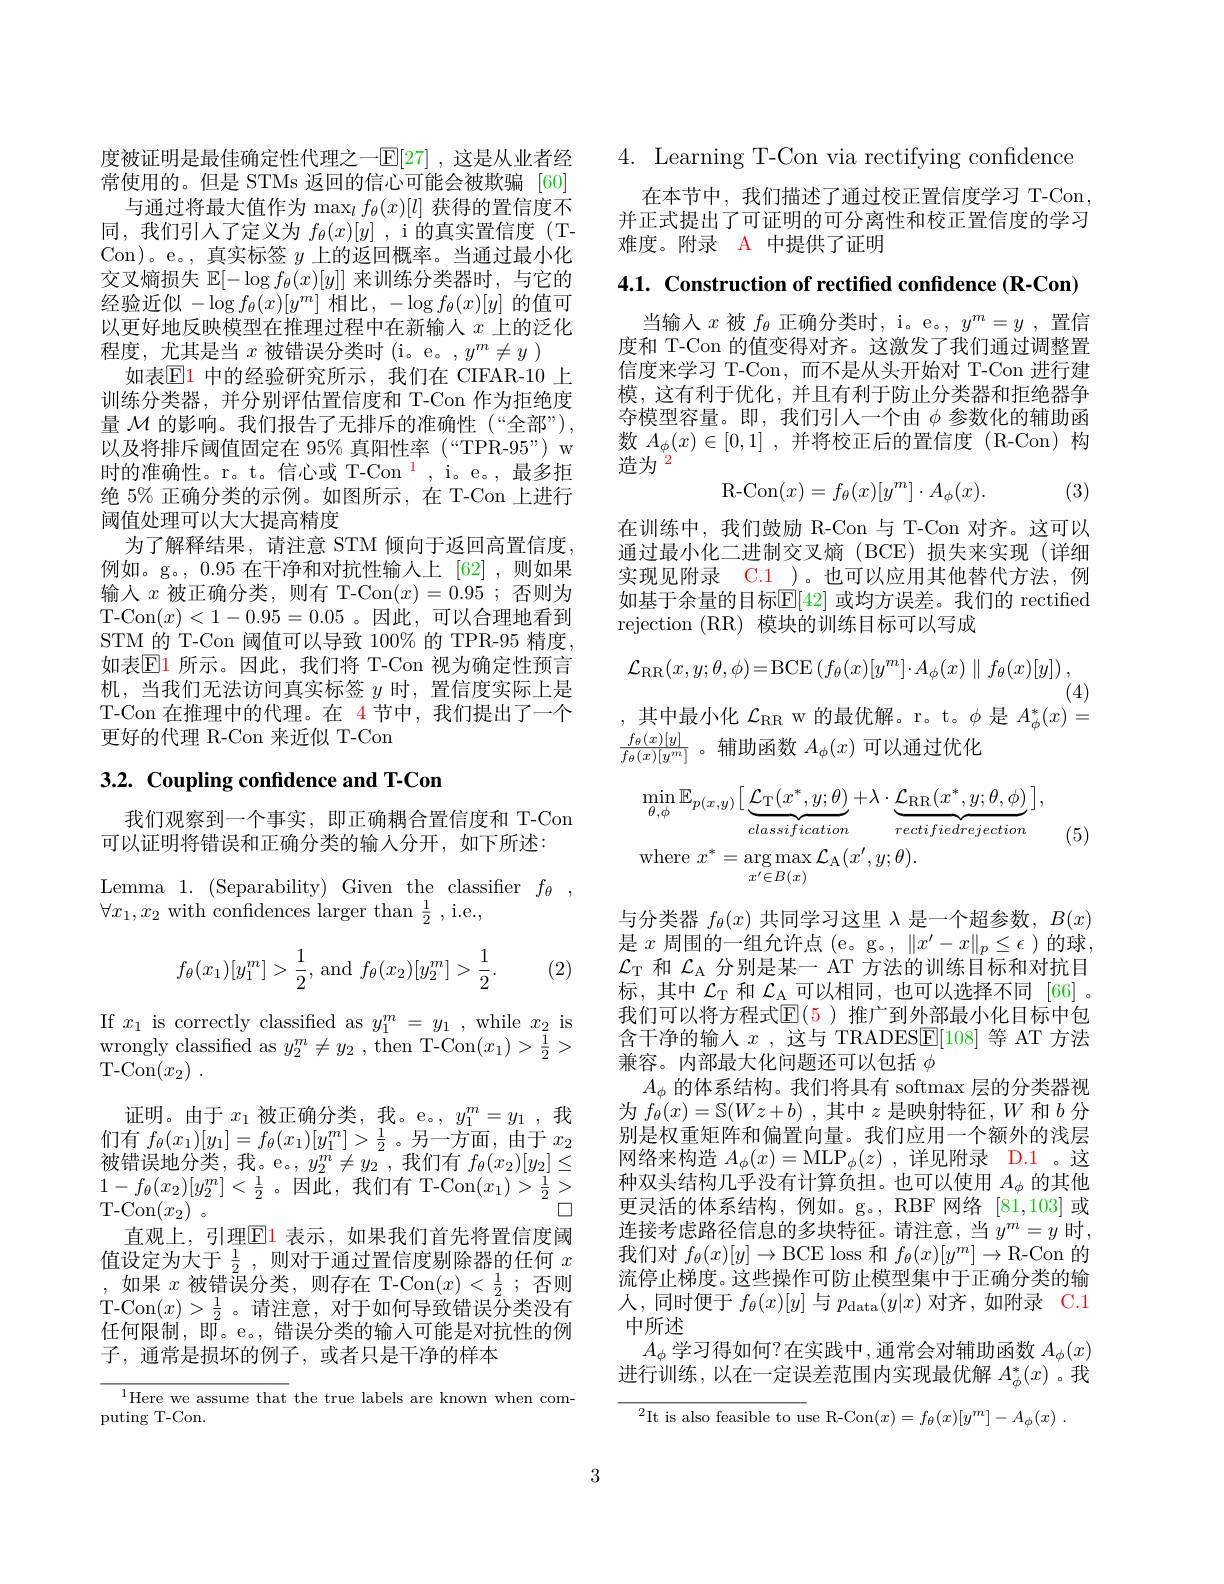
度被证明是最佳确定性代理之一$\mathbb{E}[27]$ ,这是从业者经常使用的。但是 STMs 返回的信心可能会被欺骗 [60]
与通过将最大值作为$\max_lf_\theta(x)[l]$获得的置信度不同，我们引人了定义为$f_\theta(x)[y]$ ,i 的真实置信度 (TCon)。e。, 真实标签$y$上的返回概率。当通过最小化交叉熵损失$\mathbb{E}[-\log f_\theta(x)[y]]$来训练分类器时，与它的经验近似$-\log f_\theta(x)[y^m]$相比$,-\log f_\theta(x)[y]$的值可以更好地反映模型在推理过程中在新输入$x$上的泛化程度，尤其是当$x$被错误分类时(i。e。$,y^m\neq y$ )
如表$\mathbb{E}$1 中的经验研究所示，我们在 CIFAR-10 上训练分类器，并分别评估置信度和 T-Con 作为拒绝度量$\mathcal{M}$的影响。我们报告了无排斥的准确性(“全部”), 以及将排斥阈值固定在 95% 真阳性率 (“TPR-95”) w 时的准确性。r。t。信心或 T-Con$^{\color{red}{1}}$, i。e。,最多拒绝 5% 正确分类的示例。如图所示，在 T-Con 上进行阈值处理可以大大提高精度
为了解释结果，请注意 STM 倾向于返回高置信度， 例如。g。,0.95 在干净和对抗性输入上 [62],则如果输入$x$被正确分类，则有 T-Con$(x)=0.95$ ;否则为T-Con$(x)<1-0.95=0.05$。因此，可以合理地看到STM 的 T-Con 阈值可以导致 100% 的 TPR-95 精度， 如表$\operatorname{El}$ 所示。因此，我们将 T-Con 视为确定性预言机，当我们无法访问真实标签$y$时，置信度实际上是T-Con 在推理中的代理。在 4 节中，我们提出了一个更好的代理 R-Con 来近似 T-Con

## 3.2. Coupling confidence and T-Con

我们观察到一个事实，即正确耦合置信度和 T-Con
可以证明将错误和正确分类的输入分开，如下所述：

Lemma 1.(Separability) Given the classifier $f_\theta$,
$\forall x_{1},x_{2}$ with confidences larger than $\frac12$,i.e.,
$$f_\theta(x_1)[y_1^m]>\dfrac12,\text{and}f_\theta(x_2)[y_2^m]>\dfrac12.$$
(2)

If $x_1$ is correctly classified as $y_1^m=y_1$ ,while $x_2$ is wrongly classified as $y_2^m\neq y_2$ , then T-Con$(x_1)>\frac12>$ T- Con$( x_2)$ .
证明。由于$x_1$被正确分类，我。e。$,y_1^m=y_1$,我们有$f_\theta(x_1)[y_1]=f_\theta(x_1)[y_1^m]>\frac12$ 。另一方面，由于$x_2$ 被错误地分类，我。e。$,y_2^m\neq y_2$,我们有$f_\theta(x_2)[y_2]\leq$ $1-f_{\theta}(x_{2})[y_{2}^{m}]<\frac{1}{2}$。因此，我们有 T-Con$(x_{1})>\frac{1}{2}>$
口
T- Con$( x_2)$ 。
直观上，引理$\boxed{\mathrm{E}}1$ 表示，如果我们首先将置信度阈值设定为大于$\frac12$,则对于通过置信度剔除器的任何$x$ ,如果$\tilde x$被错误分类，则存在 T-Con$(x)<\frac12;$否则T-Con$(x)>\frac12$。请注意，对于如何导致错误分类没有任何限制，即。e。,错误分类的输入可能是对抗性的例子，通常是损坏的例子，或者只是干净的样本

$^{1}$Here we assume that the true labels are known when com-
puting T-Con.

4. Learning T-Con via rectifying confidence

在本节中，我们描述了通过校正置信度学习 T-Con 并正式提出了可证明的可分离性和校正置信度的学习难度。附录 A 中提供了证明

4.1. Construction of rectified confidence (R-Con)

当输入$x$被$f_\theta$正确分类时，i。e。$,y^m=y$ ,置信度和 T-Con 的值变得对齐。这激发了我们通过调整置信度来学习 T-Con, 而不是从头开始对 T-Con 进行建模，这有利于优化，并且有利于防止分类器和拒绝器争夺模型容量。即，我们引人一个由$\phi$参数化的辅助函数$A_\phi(x)\in[0,1]$ ,并将校正后的置信度 (R-Con)构造为$^{\textcircled{2}}$
$$\mathrm{R-Con}(x)=f_\theta(x)[y^m]\cdot A_\phi(x).$$
(3)

在训练中，我们鼓励 R-Con 与 T-Con 对齐。这可以通过最小化二进制交叉熵(BCE)损失来实现(详细实现见附录 C.1 )。也可以应用其他替代方法，例如基于余量的目标$\mathbb{E}[42]$ 或均方误差。我们的 rectified rejection (RR) 模块的训练目标可以写成
$$\mathcal{L}_{\mathrm{RR}}(x,y;\theta,\phi)=\mathrm{BCE}\left(f_{\theta}(x)[y^{m}]\cdot A_{\phi}(x)\parallel f_{\theta}(x)[y]\right),$$
(4)
,其中最小化$\mathcal{L}_\mathrm{RR}$ w 的最优解。r。t。$\phi$是$A_\phi^*(x)=$
$\frac{f_\theta(x)[y]}{f_\theta(x)[y^m]}$。辅助函数$A_\phi(x)$可以通过优化
$$\begin{aligned}&\operatorname*{min}_{\theta,\phi}\mathbb{E}_{p(x,y)}\big[\underbrace{\mathcal{L}_{\mathrm{T}}(x^{*},y;\theta)}_{classification}+\lambda\cdot\underbrace{\mathcal{L}_{\mathrm{RR}}(x^{*},y;\theta,\phi)}_{rectifiedrejection}\big],\\&\mathrm{where}\:x^{*}=\arg\max_{x^{\prime}\in B(x)}\mathcal{L}_{\mathrm{A}}(x^{\prime},y;\theta).\end{aligned}$$
(5)

与分类器$f_\theta(x)$共同学习这里$\lambda$是一个超参数，$B(x)$ 是$x$周围的一组允许点 (e。g。, $\|x^\prime-x\|_p\leq\epsilon$)的球， $\mathcal{L}_\mathrm{T}$和$\mathcal{L}_\mathrm{A}$分别是某一 AT 方法的训练目标和对抗目标，其中$\mathcal{L}_{\mathrm{T}}$和$\mathcal{L}_{\mathrm{A}}$可以相同，也可以选择不同 [66]。我们可以将方程式$\mathbb{E}(\color{red}5)$ 推广到外部最小化目标中包含干净的输入$x$ ,这与 TRADESE[108] 等 AT 方法兼容。内部最大化问题还可以包括$\phi$
$A_{\phi}$的体系结构。我们将具有 softmax 层的分类器视为$f_\theta(x)=\mathbb{S}(Wz+b)$ ,其中$z$是映射特征，$W$和$b$分别是权重矩阵和偏置向量。我们应用一个额外的浅层网络来构造$A_\phi(x)=\mathrm{MLP}_\phi(z)$ ,详见附录 D.1 。这种双头结构几乎没有计算负担。也可以使用$A_\mathrm{\phi}$的其他更灵活的体系结构，例如。g。,RBF网络[81,103]或连接考虑路径信息的多块特征。请注意，当 $y^m=y$ 时， 我们对$f_\theta(x)[y]\to$BCE loss 和$f_\theta(x)[y^m]\to$R-Con 的流停止梯度。这些操作可防止模型集中于正确分类的输人，同时便于$f_\theta(x)[y]$与$p_\mathrm{data}(y|x)$对齐，如附录 C.1中所述
$A_\phi$学习得如何？在实践中，通常会对辅助函数$A_\phi(x)$ 进行训练，以在一定误差范围内实现最优解$A_\phi^*(x)$ 。我

$^{2}$It is also feasible to use R-Con$( x) = f_\theta ( x) [ y^{m}] - A_{\phi }( x)$ .

3